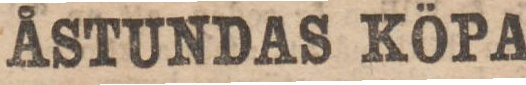
ÅSTUNDAS KÖPA.